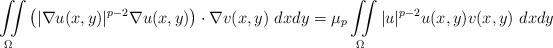
LaTeX: \begin{align*}\iint\limits _{\Omega} \left(|\nabla u(x,y)|^{p-2}\nabla u(x,y)\right)\cdot\nabla v(x,y)~dxdy=\mu_p \iint\limits _{\Omega}|u|^{p-2}u(x,y)v(x,y)~dxdy\end{align*}